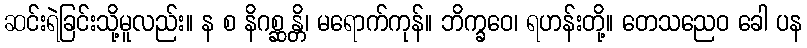
ဆင်းရဲခြင်းသို့မူလည်း။ န စ နိဂစ္ဆန္တိ၊ မရောက်ကုန်။ ဘိက္ခဝေ၊ ရဟန်းတို့။ တေသညေဝ ခေါ ပန